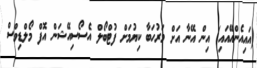
(އައިއެންއޭއައި) އިން އޭނާ އަށް މަރުހަބާ ކިޔުމަށް ފުޓްބޯލް އެސޯސިއޭޝަން އޮފް މޯލްޑިވްސް